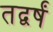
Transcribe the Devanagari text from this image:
तद्वर्षं